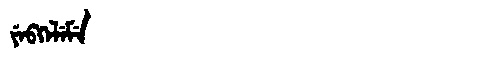
Manchu: ᠶᡝᠪᡴᡝᠯᡝᠮᡝ
Romanization: YEBKELEME